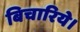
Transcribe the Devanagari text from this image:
बिचारिये।